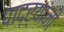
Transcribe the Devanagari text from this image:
पाद्र्यांनी